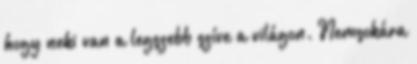
hogy neki van a legszebb szíve a világon. Nemsokára